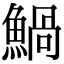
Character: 𩹢